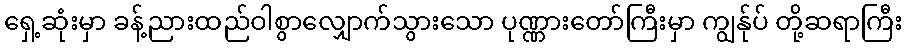
ရှေ့ဆုံးမှာ ခန့်ညားထည်ဝါစွာလျှောက်သွားသော ပုဏ္ဏားတော်ကြီးမှာ ကျွန်ုပ် တို့ဆရာကြီး